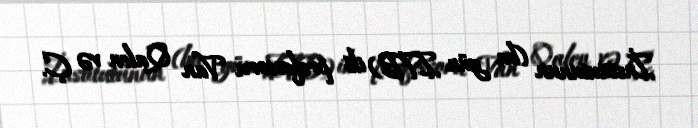
İnstitutunun (bu gün ITB) iki professoru Van Qalen və Ç.